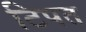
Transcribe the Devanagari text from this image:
टिपत